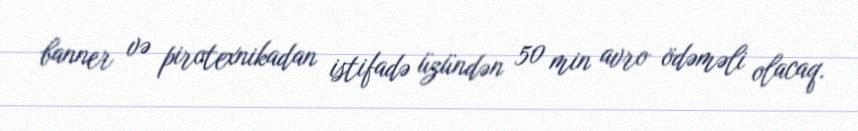
banner və pirotexnikadan istifadə üzündən 50 min avro ödəməli olacaq.